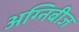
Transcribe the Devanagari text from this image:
अग्निबीज